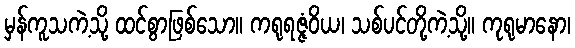
မှန်ကူသကဲ့သို့ ထင်စွာဖြစ်သော။ ကရုရဇ္ဇံဝိယ၊ သစ်ပင်တို့ကဲ့သို့။ ကုရုမာနော၊